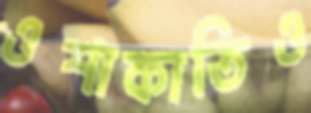
ওশাকাতিও